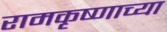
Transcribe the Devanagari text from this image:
रामकृष्णाच्या